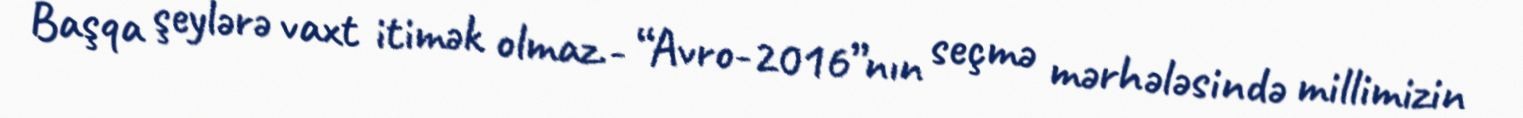
Başqa şeylərə vaxt itimək olmaz.- “Avro-2016”nın seçmə mərhələsində millimizin